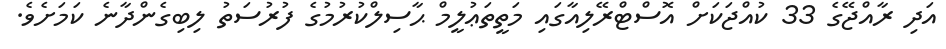
އަދި ރާއްޖޭގެ 33 ކުއްޖަކަށް އޮސްޓްރޭލިއާގައި މަތީތަޢުލީމް ޙާސިލްކުރުމުގެ ފުރުސަތު ލިބިގެންދާނެ ކަމަށެވެ.